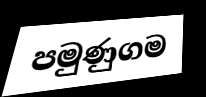
පමුණුගම